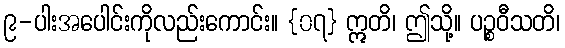
၉-ပါးအပေါင်းကိုလည်းကောင်း။ {၀၇} ဣတိ၊ ဤသို့။ ပဉ္စဝီသတိ၊